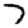
Digit: 7